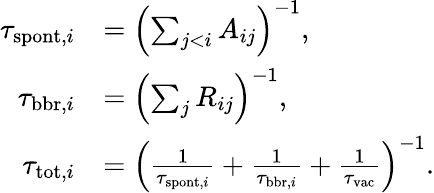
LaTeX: \begin{array}{rl}{\tau_{\mathrm{spont},i}}&{=\left(\sum_{j<i}A_{ij}\right)^{-1},}\\ {\tau_{\mathrm{bbr},i}}&{=\left(\sum_{j}R_{ij}\right)^{-1},}\\ {\tau_{\mathrm{tot},i}}&{=\left(\frac{1}{\tau_{\mathrm{spont},i}}+\frac{1}{\tau_{\mathrm{bbr},i}}+\frac{1}{\tau_{\mathrm{vac}}}\right)^{-1}.}\end{array}